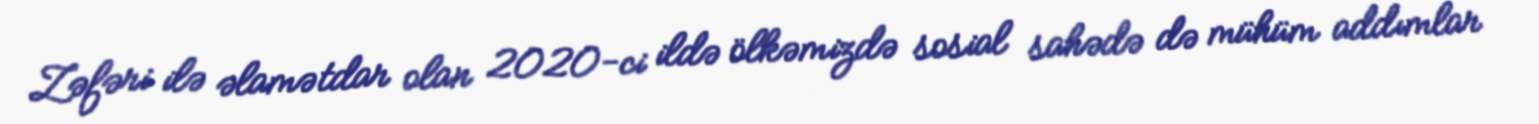
Zəfəri ilə əlamətdar olan 2020-ci ildə ölkəmizdə sosial sahədə də mühüm addımlar